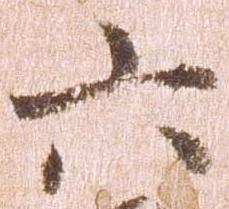
六